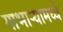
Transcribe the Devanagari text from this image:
गाभाऱ्यामध्ये